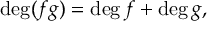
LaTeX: \deg ( f g ) = \deg f + \deg g ,